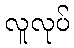
လူလုပ်